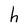
Character: h